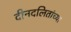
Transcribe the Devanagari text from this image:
दीनदलितांच्या